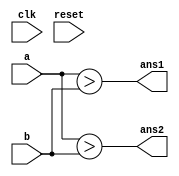
`timescale 1ns / 1ps
//////////////////////////////////////////////////////////////////////////////////
// Company: 
// Engineer: 
// 
// Design Name: 
// Module Name:    comp 
// Project Name: 
// Target Devices: 
// Tool versions: 
// Description: 
//
// Dependencies: 
//
// Revision: 
// Revision 0.01 - File Created
// Additional Comments: 
//
//////////////////////////////////////////////////////////////////////////////////
module comp(
	input clk,
	input reset,
	input [3:0] a,
	input [3:0] b,
	output ans1,
	output ans2
   );
   
   assign ans1 = a > b;
   assign ans2 = $signed(a) > $signed(b);

endmodule